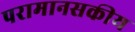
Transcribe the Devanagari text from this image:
परामानसकीय